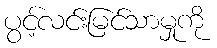
ပွင့်လင်းမြင်သာမှုကို